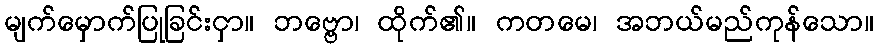
မျက်မှောက်ပြုခြင်းငှာ။ ဘဗ္ဗော၊ ထိုက်၏။ ကတမေ၊ အဘယ်မည်ကုန်သော။